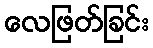
လေဖြတ်ခြင်း